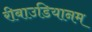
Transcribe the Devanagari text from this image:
रीबाउडियानम